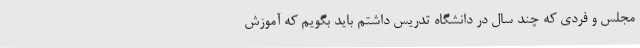
مجلس و فردی که چند سال در دانشگاه تدریس داشتم باید بگویم که آموزش